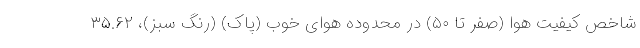
شاخص کیفیت هوا (صفر تا ۵۰) در محدوده هوای خوب (پاک) (رنگ سبز)، ۳۵.۶۲